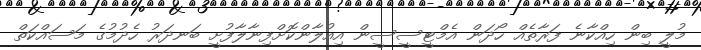
މުލީ ބިން ހިއްކާނެ ފަރާތެއް ހޯދަން އެމްޓީސީސީން އިއުލާންކޮށްފިނާލާފުށީ ބަނދަރު ހެދުމުގެ މަސައްކަތް